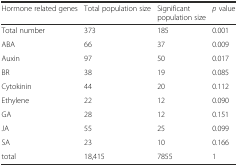
<table><thead><tr><td><b>Hormone related genes</b></td><td><b>Total population size</b></td><td><b>Significant population size</b></td><td><b><i>p</i> value</b></td></tr></thead><tbody><tr><td>Total number</td><td>373</td><td>185</td><td>0.001</td></tr><tr><td>ABA</td><td>66</td><td>37</td><td>0.009</td></tr><tr><td>Auxin</td><td>97</td><td>50</td><td>0.017</td></tr><tr><td>BR</td><td>38</td><td>19</td><td>0.085</td></tr><tr><td>Cytokinin</td><td>44</td><td>20</td><td>0.112</td></tr><tr><td>Ethylene</td><td>22</td><td>12</td><td>0.090</td></tr><tr><td>GA</td><td>28</td><td>12</td><td>0.151</td></tr><tr><td>JA</td><td>55</td><td>25</td><td>0.099</td></tr><tr><td>SA</td><td>23</td><td>10</td><td>0.166</td></tr><tr><td>total</td><td>18,415</td><td>7855</td><td>1</td></tr></tbody></table>